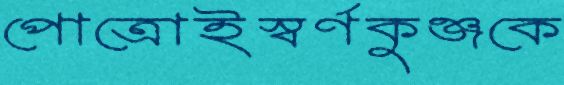
পোত্রোইস্বর্ণকুঞ্জকে